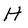
Character: H